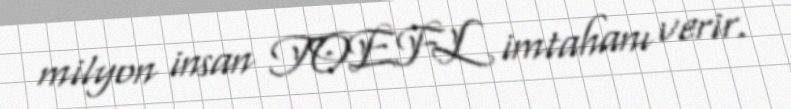
milyon insan TOEFL imtahanı verir.